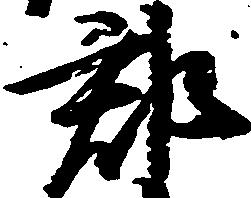
郡